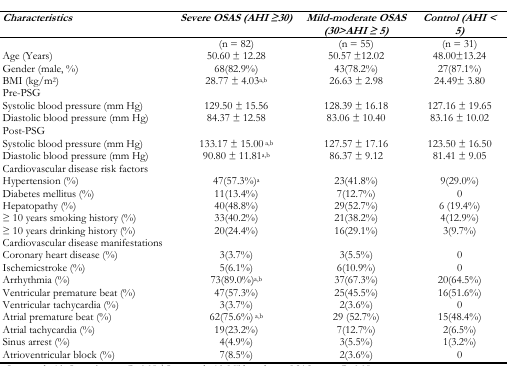
<table><thead><tr><td><b><i>Characteristics</i></b></td><td><b><i>Severe OSAS (AHI ≥30)</i></b></td><td><b><i>Mild-moderate OSAS (30&gt;AHI ≥ 5)</i></b></td><td><b><i>Control (AHI &lt; 5)</i></b></td></tr></thead><tbody><tr><td></td><td>(n = 82)</td><td>(n = 55)</td><td>(n = 31)</td></tr><tr><td>Age (Years)</td><td>50.60 ± 12.28</td><td>50.57 ±12.02</td><td>48.00±13.24</td></tr><tr><td>Gender (male, %)</td><td>68(82.9%)</td><td>43(78.2%)</td><td>27(87.1%)</td></tr><tr><td>BMI (kg/m<sup>2</sup>)</td><td>28.77 ± 4.03<sup>a,b</sup></td><td>26.63 ± 2.98</td><td>24.49± 3.80</td></tr><tr><td colspan="4">Pre-PSG</td></tr><tr><td>Systolic blood pressure (mm Hg)</td><td>129.50 ± 15.56</td><td>128.39 ± 16.18</td><td>127.16 ± 19.65</td></tr><tr><td>Diastolic blood pressure (mm Hg)</td><td>84.37 ± 12.58</td><td>83.06 ± 10.40</td><td>83.16 ± 10.02</td></tr><tr><td colspan="4">Post-PSG</td></tr><tr><td>Systolic blood pressure (mm Hg)</td><td>133.17 ± 15.00 <sup>a,b</sup></td><td>127.57 ± 17.16</td><td>123.50 ± 16.50</td></tr><tr><td>Diastolic blood pressure (mm Hg)</td><td>90.80 ± 11.81<sup>a,b</sup></td><td>86.37 ± 9.12</td><td>81.41 ± 9.05</td></tr><tr><td colspan="4">Cardiovascular disease risk factors</td></tr><tr><td>Hypertension (%)</td><td>47(57.3%)<sup>a</sup></td><td>23(41.8%)</td><td>9(29.0%)</td></tr><tr><td>Diabetes mellitus (%)</td><td>11(13.4%)</td><td>7(12.7%)</td><td>0</td></tr><tr><td>Hepatopathy (%)</td><td>40(48.8%)</td><td>29(52.7%)</td><td>6 (19.4%)</td></tr><tr><td>≥ 10 years smoking history (%)</td><td>33(40.2%)</td><td>21(38.2%)</td><td>4(12.9%)</td></tr><tr><td>≥ 10 years drinking history (%)</td><td>20(24.4%)</td><td>16(29.1%)</td><td>3(9.7%)</td></tr><tr><td colspan="4">Cardiovascular disease manifestations</td></tr><tr><td>Coronary heart disease (%)</td><td>3(3.7%)</td><td>3(5.5%)</td><td>0</td></tr><tr><td>Ischemicstroke (%)</td><td>5(6.1%)</td><td>6(10.9%)</td><td>0</td></tr><tr><td>Arrhythmia (%)</td><td>73(89.0%)<sup>a,b</sup></td><td>37(67.3%)</td><td>20(64.5%)</td></tr><tr><td>Ventricular premature beat (%)</td><td>47(57.3%)</td><td>25(45.5%)</td><td>16(51.6%)</td></tr><tr><td>Ventricular tachycardia (%)</td><td>3(3.7%)</td><td>2(3.6%)</td><td>0</td></tr><tr><td>Atrial premature beat (%)</td><td>62(75.6%) <sup>a,b</sup></td><td>29 (52.7%)</td><td>15(48.4%)</td></tr><tr><td>Atrial tachycardia (%)</td><td>19(23.2%)</td><td>7(12.7%)</td><td>2(6.5%)</td></tr><tr><td>Sinus arrest (%)</td><td>4(4.9%)</td><td>3(5.5%)</td><td>1(3.2%)</td></tr><tr><td>Atrioventricular block (%)</td><td>7(8.5%)</td><td>2(3.6%)</td><td>0</td></tr></tbody></table>